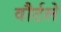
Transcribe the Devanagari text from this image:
वौर्टले